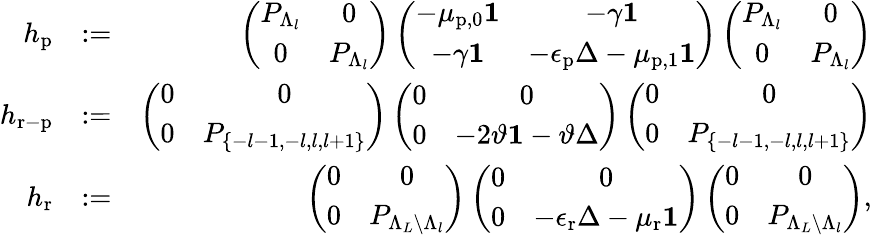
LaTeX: \begin{array}{rlr}{h_{\mathrm{p}}}&{:=}&{\left(\begin{array}{cc}{P_{\Lambda_{l}}}&{0}\\ {0}&{P_{\Lambda_{l}}}\end{array}\right)\left(\begin{array}{cc}{-\mu_{\mathrm{p},0}\mathbf{1}}&{-\gamma\mathbf{1}}\\ {-\gamma\mathbf{1}}&{-\epsilon_{\mathrm{p}}\Delta-\mu_{\mathrm{p},1}\mathbf{1}}\end{array}\right)\left(\begin{array}{cc}{P_{\Lambda_{l}}}&{0}\\ {0}&{P_{\Lambda_{l}}}\end{array}\right)}\\ {h_{\mathrm{r-p}}}&{:=}&{\left(\begin{array}{cc}{0}&{0}\\ {0}&{P_{\{ -l-1,-l,l,l+1\} }}\end{array}\right)\left(\begin{array}{cc}{0}&{0}\\ {0}&{-2\vartheta\mathbf{1}-\vartheta\Delta}\end{array}\right)\left(\begin{array}{cc}{0}&{0}\\ {0}&{P_{\{ -l-1,-l,l,l+1\} }}\end{array}\right)}\\ {h_{\mathrm{r}}}&{:=}&{\left(\begin{array}{cc}{0}&{0}\\ {0}&{P_{\Lambda_{L}\backslash\Lambda_{l}}}\end{array}\right)\left(\begin{array}{cc}{0}&{0}\\ {0}&{-\epsilon_{\mathrm{r}}\Delta-\mu_{\mathrm{r}}\mathbf{1}}\end{array}\right)\left(\begin{array}{cc}{0}&{0}\\ {0}&{P_{\Lambda_{L}\backslash\Lambda_{l}}}\end{array}\right),}\end{array}